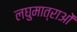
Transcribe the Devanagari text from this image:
लघुमात्राओं